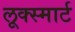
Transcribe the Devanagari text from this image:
लूक्स्मार्ट